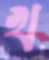
খ